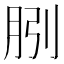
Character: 𭨱